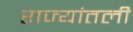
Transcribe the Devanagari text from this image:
राज्यांतली